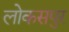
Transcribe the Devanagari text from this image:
लोकसपुर